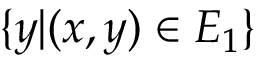
\{ y | ( x , y ) \in E _ { 1 } \}